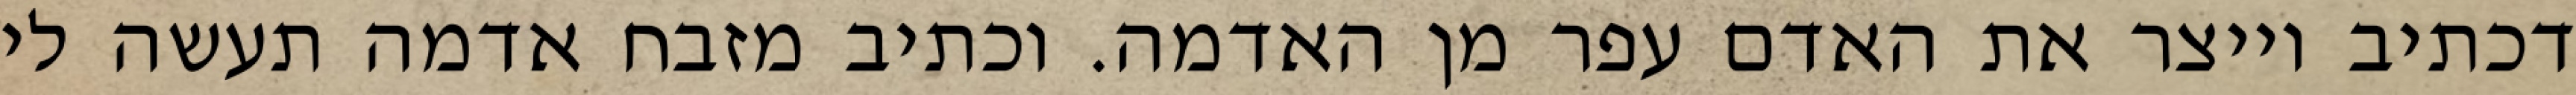
דכתיב וייצר את האדם עפר מן האדמה. וכתיב מזבח אדמה תעשה לי